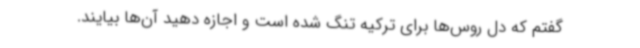
گفتم که دل روس‌ها برای ترکیه تنگ شده است و اجازه دهید آن‌ها بیایند.